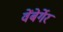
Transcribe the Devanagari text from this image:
वेंबेर्गेर